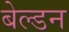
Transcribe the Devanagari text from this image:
बेल्डन